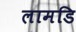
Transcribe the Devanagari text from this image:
लामडि